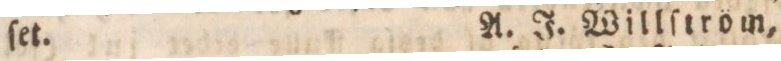
ſet.    A. J. Willſtröm,